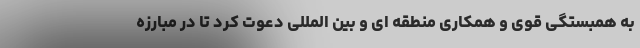
به همبستگی قوی و همکاری منطقه ای و بین المللی دعوت کرد تا در مبارزه